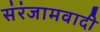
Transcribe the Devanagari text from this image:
संरंजामवादी